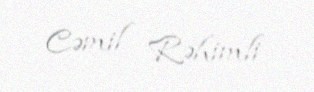
Cəmil Rəhimli